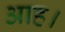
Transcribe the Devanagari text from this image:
आह।